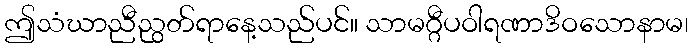
ဤသံဃာညီညွတ်ရာနေ့သည်ပင်။ သာမဂ္ဂီပဝါရဏာဒိဝသောနာမ၊